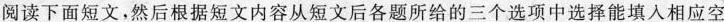
阅读下面短文,然后根据短文内容从短文后各题所给的三个选项中选择能填入相应空